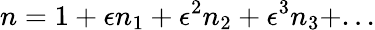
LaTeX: n=1+\epsilon n_{1}+\epsilon^{2}n_{2}+\epsilon^{3}n_{3}+...